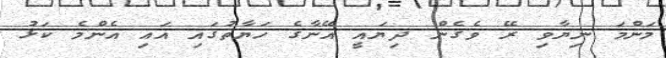
މަންމަ ނިޔާވި ރޭ ވެގެން ދިޔައީ އޭނާގެ ހަޔާތުގައި އައި އެންމެ ކަޅު